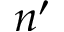
n ^ { \prime }